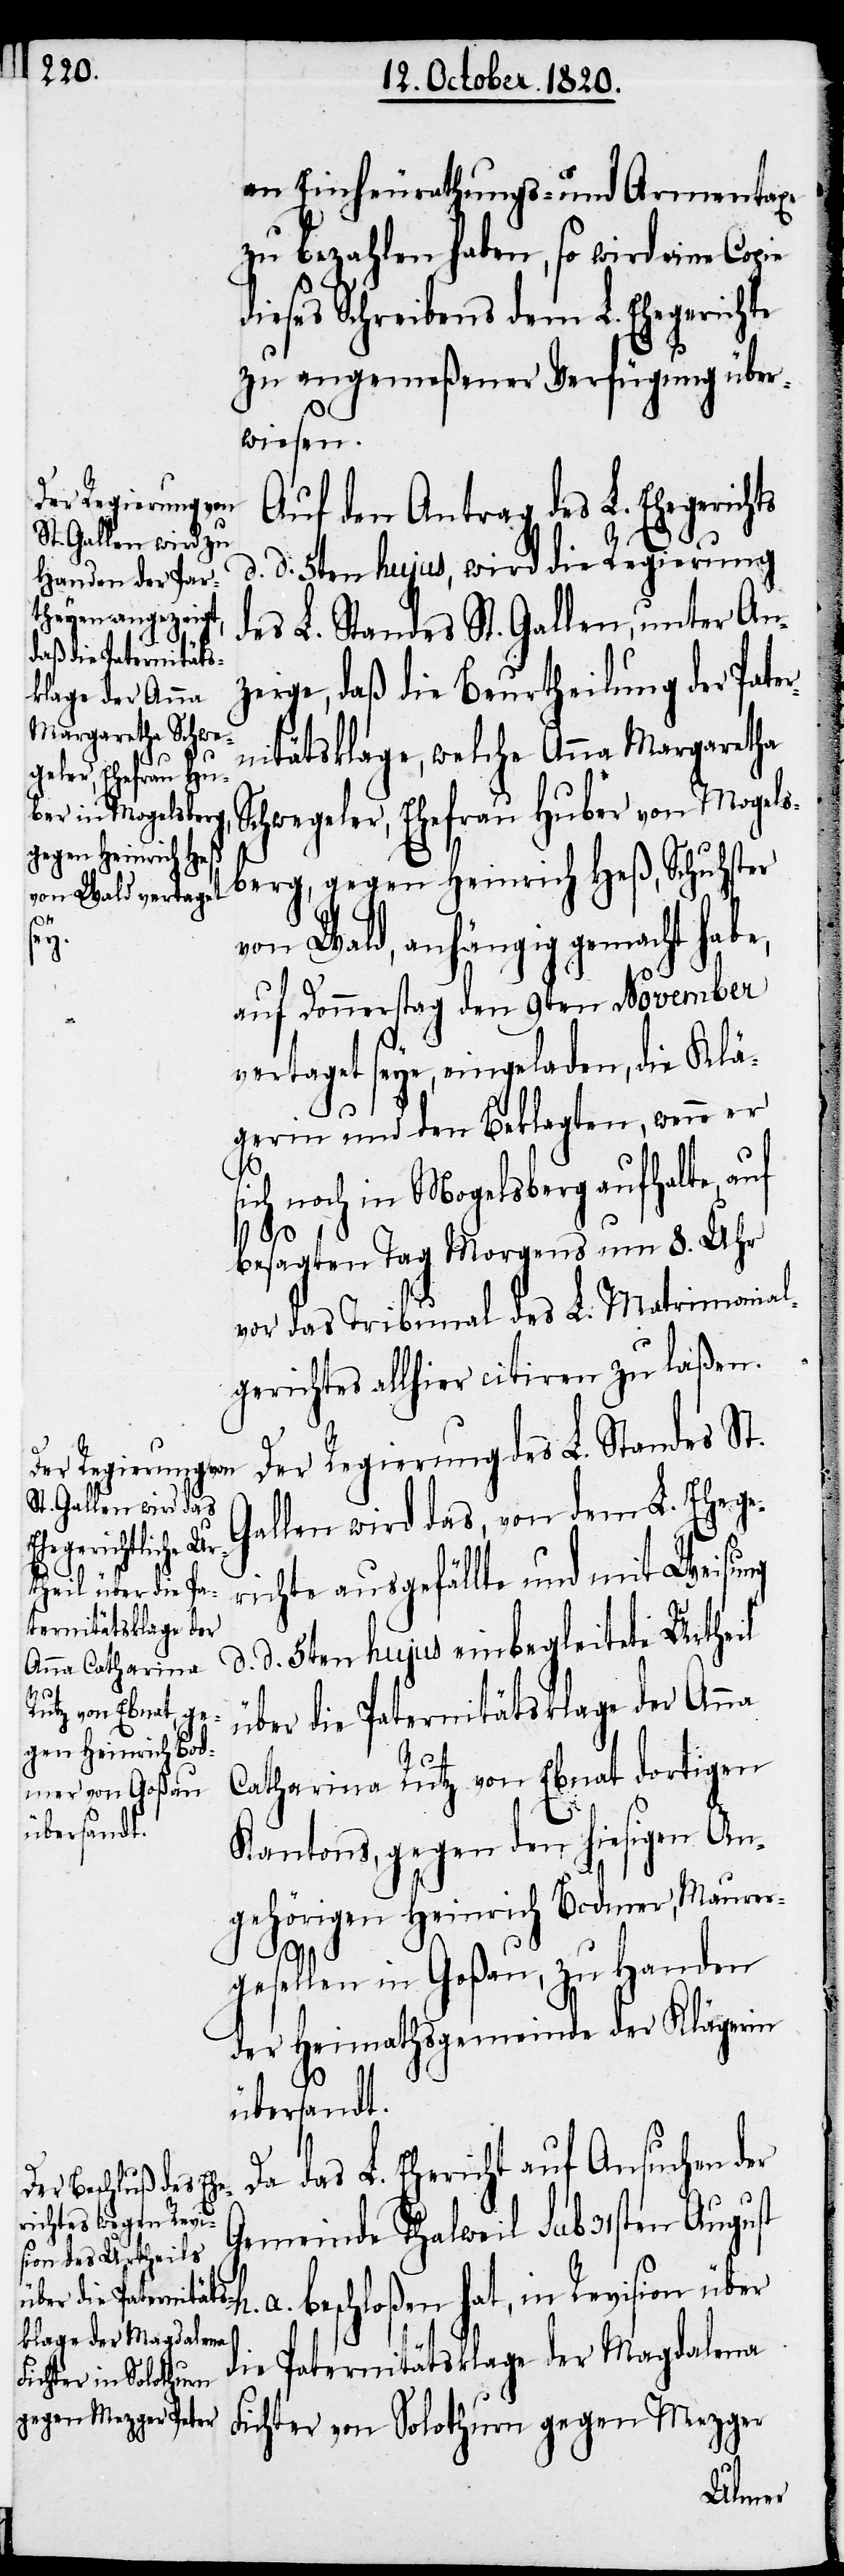
an Einheurathungs- und Armentaxe
zu bezahlen haben, so wird eine Copie
dieses Schreibens dem L. Ehegerichte
zu angemeßener Verfügung über¬
wiesen.
Auf den Antrag des L. Ehegerichts
d. d. 5ten hujus, wird die Regierung
des L. Standes St. Gallen, unter An¬
zeige, daß die Beurtheilung der Pater¬
nitätsklage, welche Anna Margaretha
Schwegeler, Ehefrau Huber von Mogels¬
berg, gegen Heinrich Heß, Schuhster
h.
der
von Wald, anhängig gemacht hab¬
auf Donnerstag den 9ten November
vertaget seye, eingeladen, die Klä¬
gerin und den Beklagten wenn er
sich noch in Mogelsberg aufhalte, auf
besagten Tag morgens um 8. Uhr
vor das Tribunal des L. Matrimonial¬
gerichtes allhier citiren zu laßen.
Der Regierung des L. Standes St.
Gallen wird das, von dem L. Ehege¬
richte ausgefällte und mit Weisung
d. 3ten hujus einbegleitete Urtheil
über die Paternitätsklage der Anna
Catharina Rutz von Ebnat dortigen
Kantons, gegen den hiesigen An¬
gehörigen Heinrich Bodmer, Maurer¬
gesellen in Goßau, zu Handen
der Heimathsgemeinde der Klägerin
übersandt.
Gemeinde Thalweil sub 31sten August
a. beschloßen hat, in Revision über
die Paternitätsklage der Magdalena
Fichter von Solothurn gegen Mezger